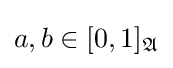
a,b\in [0,1]_{\mathfrak {A}}